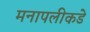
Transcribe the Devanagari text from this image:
मनापलीकडे